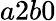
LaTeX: a2b0